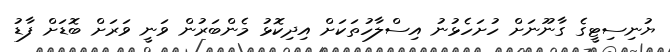
ޔުނިސިޓީގެ ގާނޫނަށް ހުށަހެޅުނު އިސްލާހުތަކަށް އިދިކޮޅު މެންބަރުން ވަނީ ވަަރަށް ބޮޑަށް ފާޑު